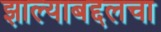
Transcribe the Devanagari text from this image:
झाल्याबद्दलचा